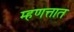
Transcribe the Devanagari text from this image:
म्हणत्तात